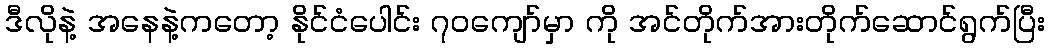
ဒီလိုနဲ့ အနေနဲ့ကတော့ နိုင်ငံပေါင်း ၇၀ကျော်မှာ ကို အင်တိုက်အားတိုက်ဆောင်ရွက်ပြီး